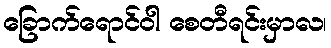
ခြောက်ရောင်ဝါ စေတီရင်းမှာလ၊